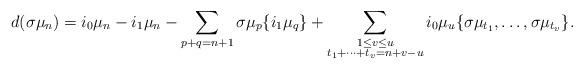
LaTeX: \begin{align*}d(\sigma\mu_{n})&=i_0\mu_n-i_1\mu_n-\sum_{p+q=n+1}\sigma\mu_p\{i_1\mu_q\}+\sum_{\substack{1\leq v\leq u\\ t_1+\cdots+t_v=n+v-u}} i_0\mu_u\{\sigma\mu_{t_1},\dots,\sigma\mu_{t_v}\}.\end{align*}